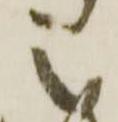
之